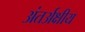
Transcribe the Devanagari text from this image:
अंतर्अक्षीय